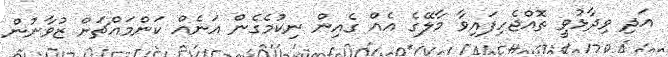
އަދި ވިދާޅުވީ ތޮއްޖެހިފައިވާ މާލޭގެ އެއް ގެއިން ނިކުމެގެން އަނެއް ކަންމައްޗަށް ޒުވާނުން